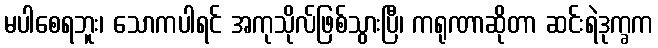
မပါစေရဘူး၊ သောကပါရင် အကုသိုလ်ဖြစ်သွားပြီ၊ ကရုဏာဆိုတာ ဆင်းရဲဒုက္ခက